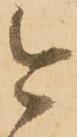
今